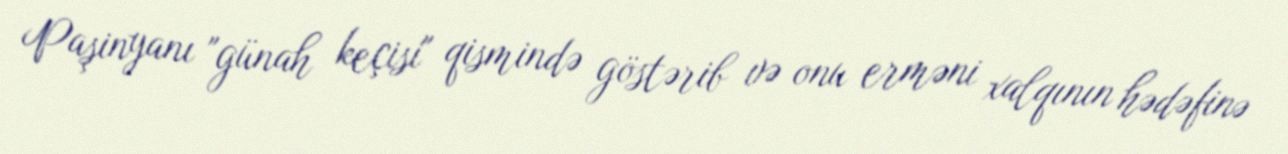
Paşinyanı "günah keçisi" qismində göstərib və onu erməni xalqının hədəfinə